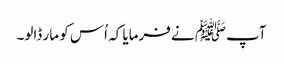
آپﷺ نے فرمایا کہ اُس کو مار ڈالو۔